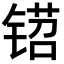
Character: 𬭡